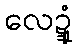
လေဍ္ဍုံ